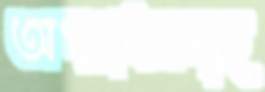
অপরাধসমূহ